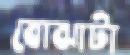
বোঝাটা